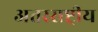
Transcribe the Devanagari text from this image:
अतरराष्ट्रीय